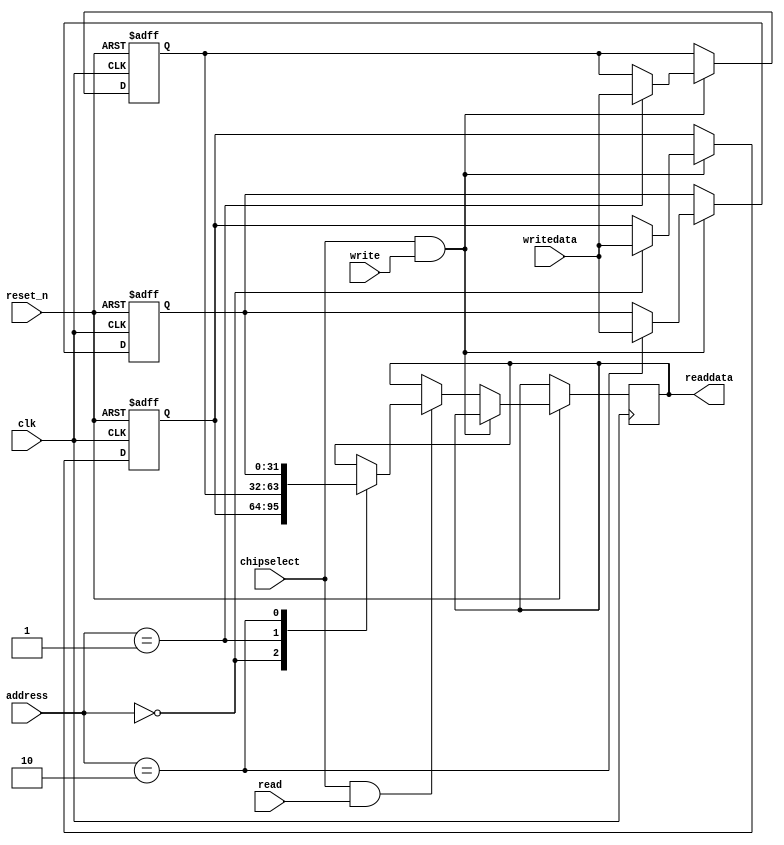
module CustomIP(
	input [1:0] address,
	input chipselect,
	input clk,
	input read,
	input reset_n,
	input write,
	input [31:0] writedata,
	output reg [31:0] readdata
);
   
   reg [31:0] reg1,reg2,reg3;
   
   always@(posedge clk or negedge reset_n)
   begin
	if(reset_n == 1'b0) 
	begin
		reg1<=32'b0;
		reg2<=32'b0;
		reg3<=32'b0;
    end
	else if (chipselect && write)
	begin
		case (address)
		 0: reg1<=writedata;
		 1: reg2<=writedata;
		 2: reg3<=writedata;
		endcase
	end
	else if (chipselect && read)
	begin
		case (address)
		 0: readdata<=reg1;
		 1: readdata<=reg2;
		 2: readdata<=reg3;
		endcase
	end
	else 
	begin 
		reg1<= reg1;
		reg2<= reg2;
		reg3<= reg3;
		readdata<= readdata;
	end
    end
endmodule